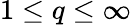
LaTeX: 1\leq q\leq\infty